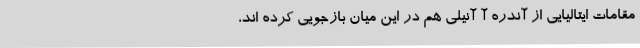
مقامات ایتالیایی از آندره آ آنیلی هم در این میان بازجویی کرده اند،